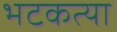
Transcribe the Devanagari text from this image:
भटकत्या